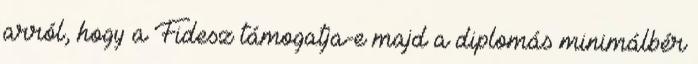
arról, hogy a Fidesz támogatja-e majd a diplomás minimálbér